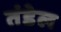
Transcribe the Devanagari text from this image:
तंडेल